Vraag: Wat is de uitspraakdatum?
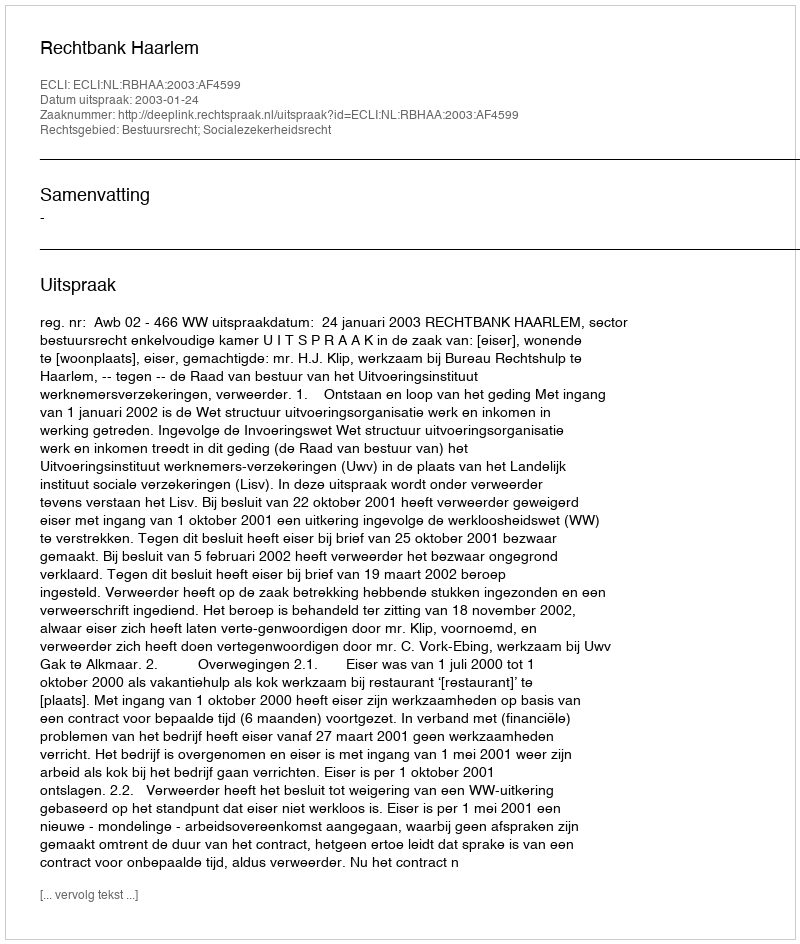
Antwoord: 2003-01-24